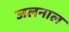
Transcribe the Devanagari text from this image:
जलनाल